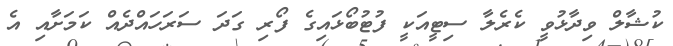
ކުޝާލް ވިދާޅުވީ ކެރެލާ ސިޓީއަކީ ފުޓުބޯޅައިގެ ފޯރި ގަދަ ސަރަހައްދެއް ކަމަށާއި އެ